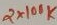
Text: 2X100K